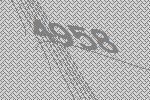
4958